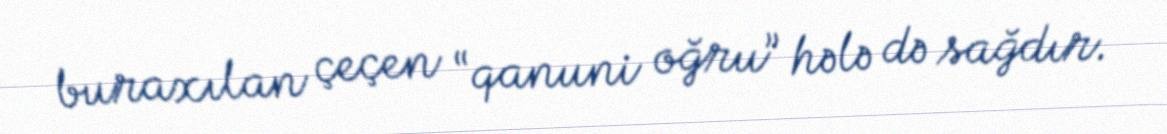
buraxılan çeçen “qanuni oğru” hələ də sağdır.